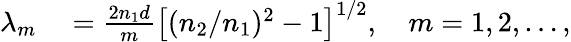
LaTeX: \begin{array}{rl}{\lambda_{m}}&{{}=\frac{2n_{1}d}{m}\big[(n_{2}/n_{1})^{2}-1\big]^{1/2},\quad m=1,2,\ldots,}\end{array}